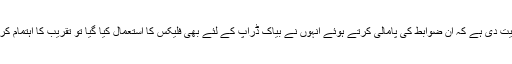
بی بی ایم پی کمشنر منجوناتھ پرساد نے ہدایت دی ہے کہ ان ضوابط کی پامالی کرتے ہوئے انہوں نے بیاک ڈراپ کے لئے بھی فلیکس کا استعمال کیا گیا تو تقریب کا اہتمام کرنے والوں کے خلاف مقدمہ درج کیا جائے۔